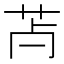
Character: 𦬿